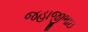
જહાજીભાઇ